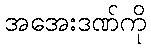
အအေးဒဏ်ကို